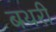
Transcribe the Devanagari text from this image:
बथरी